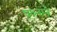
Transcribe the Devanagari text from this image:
प्रश्र्नाने